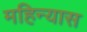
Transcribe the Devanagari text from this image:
महिन्यास